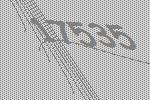
17535